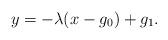
LaTeX: \begin{align*} y = - \lambda (x- g_0) + g_1.\end{align*}